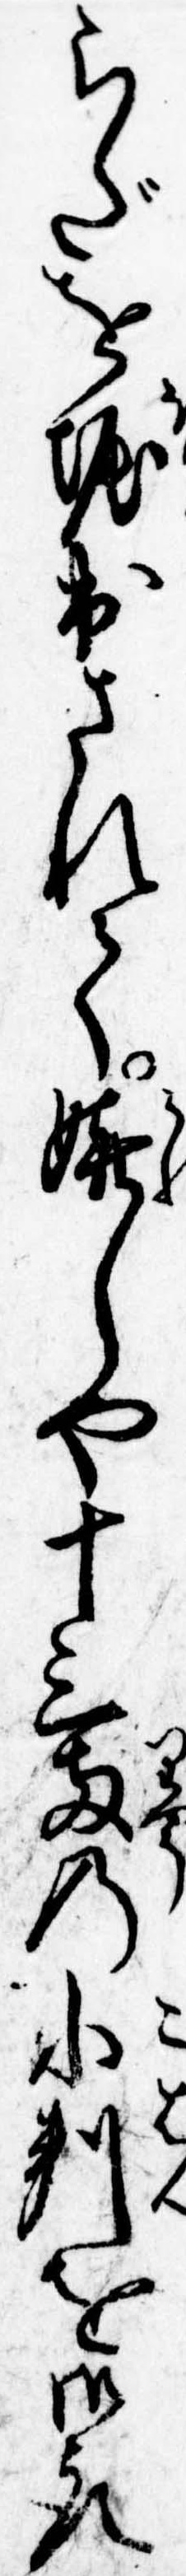
らだを掘出されて嬉しや十三両の小判を御取